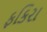
ફકિરા